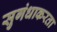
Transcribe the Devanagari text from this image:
सुगंधाकरता